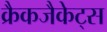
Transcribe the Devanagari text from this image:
क्रैकजैकेट्स